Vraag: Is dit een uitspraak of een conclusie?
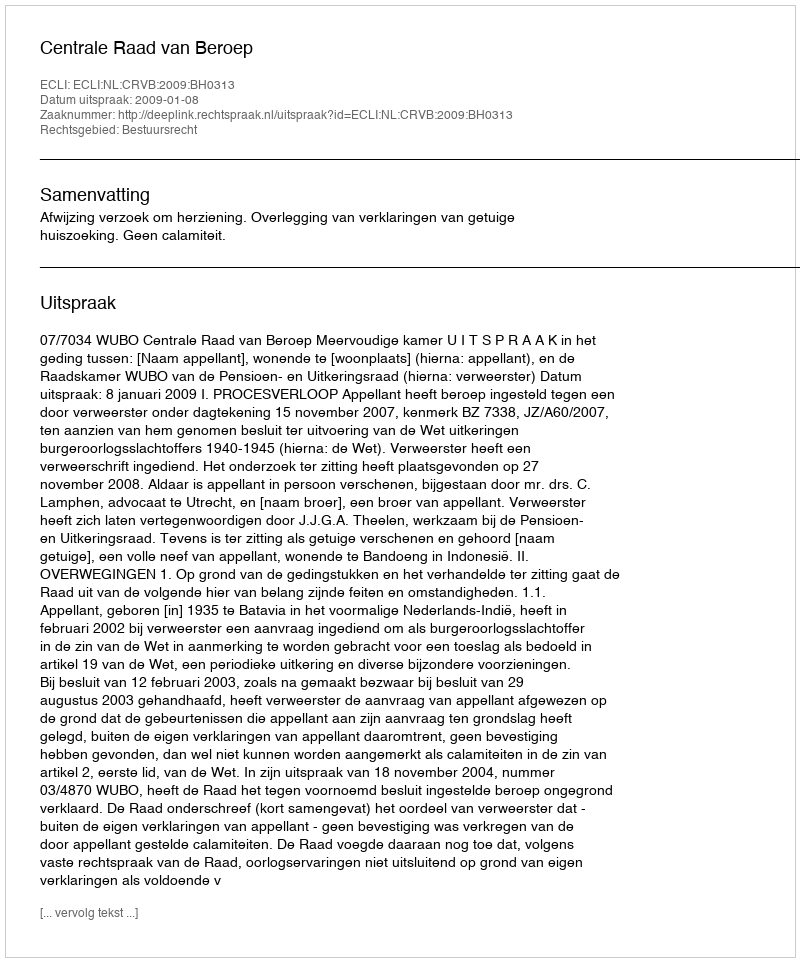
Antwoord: Uitspraak